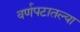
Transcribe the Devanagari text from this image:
वर्णपटातल्या